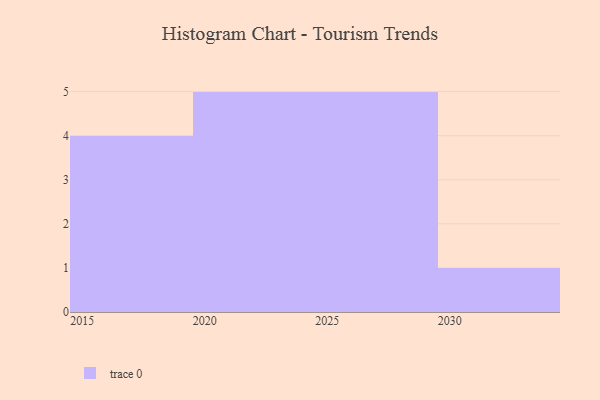
{"axis": {"x": "Year", "y": "Inventory Turnover"}, "legend": [""], "data": [{"x": "2015", "y": 40, "type": ""}, {"x": "2028", "y": 100, "type": ""}, {"x": "2024", "y": 38, "type": ""}, {"x": "2021", "y": 9, "type": ""}, {"x": "2026", "y": 46, "type": ""}, {"x": "2017", "y": 57, "type": ""}, {"x": "2016", "y": 37, "type": ""}, {"x": "2027", "y": 54, "type": ""}, {"x": "2023", "y": 40, "type": ""}, {"x": "2025", "y": 66, "type": ""}, {"x": "2029", "y": 67, "type": ""}, {"x": "2018", "y": 79, "type": ""}, {"x": "2020", "y": 36, "type": ""}, {"x": "2022", "y": 4, "type": ""}, {"x": "2030", "y": 78, "type": ""}]}